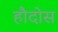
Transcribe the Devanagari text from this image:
हौदोस